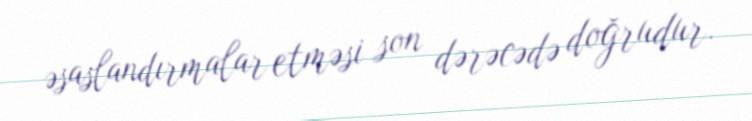
əsaslandırmalar etməsi son dərəcədə doğrudur.